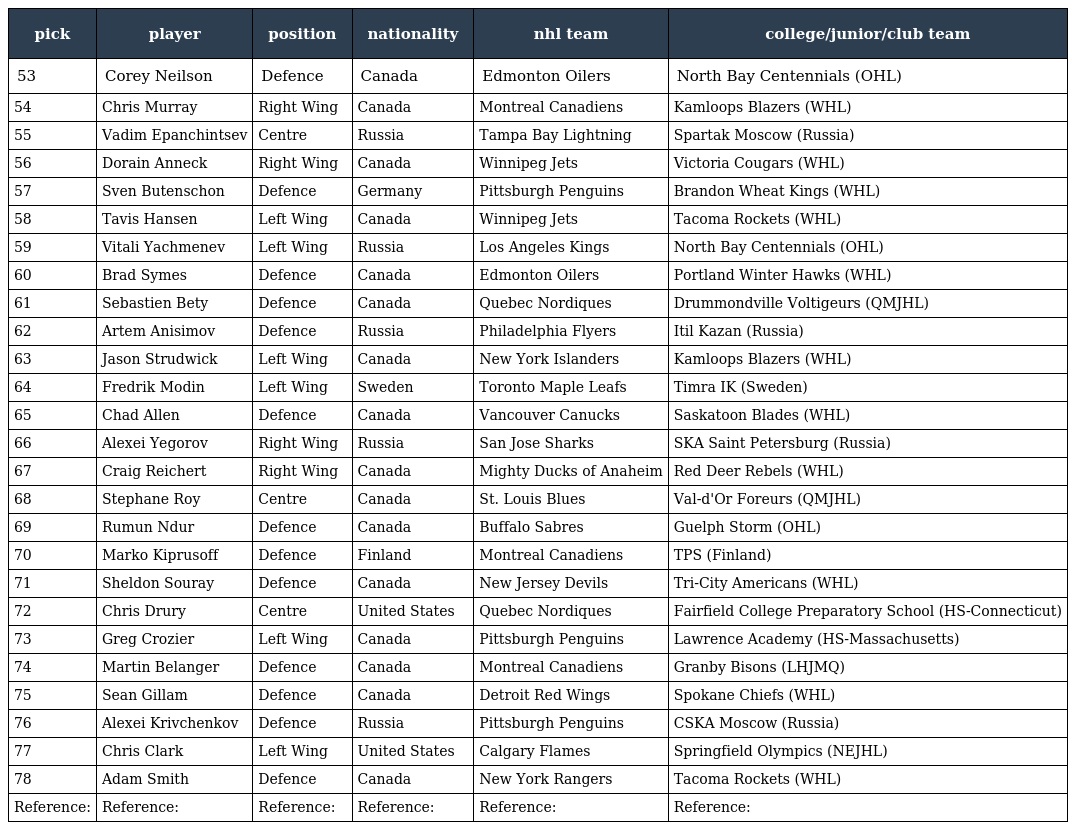
| pick | player | position | nationality | nhl team | college/junior/club team |
 | --- | --- | --- | --- | --- | --- |
 | 53 | Corey Neilson | Defence | Canada | Edmonton Oilers | North Bay Centennials (OHL) |
 | 54 | Chris Murray | Right Wing | Canada | Montreal Canadiens | Kamloops Blazers (WHL) |
 | 55 | Vadim Epanchintsev | Centre | Russia | Tampa Bay Lightning | Spartak Moscow (Russia) |
 | 56 | Dorain Anneck | Right Wing | Canada | Winnipeg Jets | Victoria Cougars (WHL) |
 | 57 | Sven Butenschon | Defence | Germany | Pittsburgh Penguins | Brandon Wheat Kings (WHL) |
 | 58 | Tavis Hansen | Left Wing | Canada | Winnipeg Jets | Tacoma Rockets (WHL) |
 | 59 | Vitali Yachmenev | Left Wing | Russia | Los Angeles Kings | North Bay Centennials (OHL) |
 | 60 | Brad Symes | Defence | Canada | Edmonton Oilers | Portland Winter Hawks (WHL) |
 | 61 | Sebastien Bety | Defence | Canada | Quebec Nordiques | Drummondville Voltigeurs (QMJHL) |
 | 62 | Artem Anisimov | Defence | Russia | Philadelphia Flyers | Itil Kazan (Russia) |
 | 63 | Jason Strudwick | Left Wing | Canada | New York Islanders | Kamloops Blazers (WHL) |
 | 64 | Fredrik Modin | Left Wing | Sweden | Toronto Maple Leafs | Timra IK (Sweden) |
 | 65 | Chad Allen | Defence | Canada | Vancouver Canucks | Saskatoon Blades (WHL) |
 | 66 | Alexei Yegorov | Right Wing | Russia | San Jose Sharks | SKA Saint Petersburg (Russia) |
 | 67 | Craig Reichert | Right Wing | Canada | Mighty Ducks of Anaheim | Red Deer Rebels (WHL) |
 | 68 | Stephane Roy | Centre | Canada | St. Louis Blues | Val-d'Or Foreurs (QMJHL) |
 | 69 | Rumun Ndur | Defence | Canada | Buffalo Sabres | Guelph Storm (OHL) |
 | 70 | Marko Kiprusoff | Defence | Finland | Montreal Canadiens | TPS (Finland) |
 | 71 | Sheldon Souray | Defence | Canada | New Jersey Devils | Tri-City Americans (WHL) |
 | 72 | Chris Drury | Centre | United States | Quebec Nordiques | Fairfield College Preparatory School (HS-Connecticut) |
 | 73 | Greg Crozier | Left Wing | Canada | Pittsburgh Penguins | Lawrence Academy (HS-Massachusetts) |
 | 74 | Martin Belanger | Defence | Canada | Montreal Canadiens | Granby Bisons (LHJMQ) |
 | 75 | Sean Gillam | Defence | Canada | Detroit Red Wings | Spokane Chiefs (WHL) |
 | 76 | Alexei Krivchenkov | Defence | Russia | Pittsburgh Penguins | CSKA Moscow (Russia) |
 | 77 | Chris Clark | Left Wing | United States | Calgary Flames | Springfield Olympics (NEJHL) |
 | 78 | Adam Smith | Defence | Canada | New York Rangers | Tacoma Rockets (WHL) |
 | Reference: | Reference: | Reference: | Reference: | Reference: | Reference: |